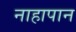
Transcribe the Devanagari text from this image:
नाहापान